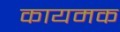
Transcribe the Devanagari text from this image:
कायमक